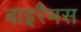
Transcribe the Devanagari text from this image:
बाइरैमस